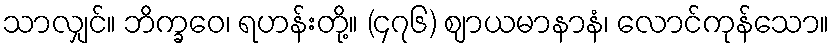
သာလျှင်။ ဘိက္ခဝေ၊ ရဟန်းတို့။ (၄၇၆) ဈာယမာနာနံ၊ လောင်ကုန်သော။